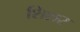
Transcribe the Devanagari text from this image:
शिशर